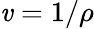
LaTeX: \mathit{v}=1/\rho